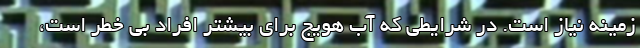
زمینه نیاز است. در شرایطی که آب هویج برای بیشتر افراد بی خطر است،